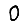
Digit: 0